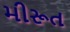
મીરૂત